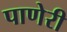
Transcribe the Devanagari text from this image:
पाणेरी